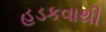
હડકવાથી